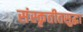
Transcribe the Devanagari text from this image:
संस्कृतीतसुद्धा